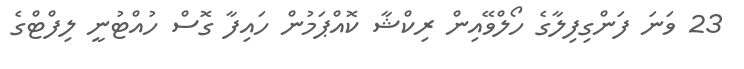
23 ވަނަ ފަންގިފިލާގެ ހޯލްވޭއިން ރިކްޝާ ކޮއްޕަމުން ހައިފާ ގޮސް ހުއްޓުނީ ލިފްޓްގެ